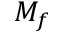
M _ { f }